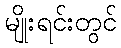
မျိုးရင်းတွင်